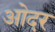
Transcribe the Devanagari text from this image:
ओदर